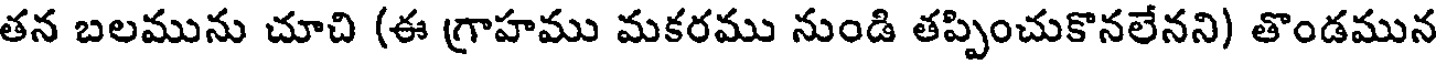
తన బలమును చూచి (ఈ గ్రాహము మకరము నుండి తప్పించుకొనలేనని) తొండమున